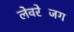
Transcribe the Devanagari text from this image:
लेवरेजिंग